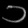
Digit: ၁